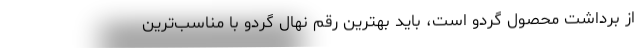
از برداشت محصول گردو است، باید بهترین رقم نهال گردو با مناسب‌­ترین